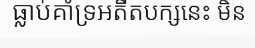
ធ្លាប់គាំទ្រអតីតបក្សនេះ មិន